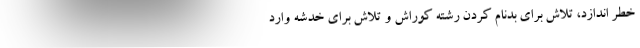
خطر اندازد، تلاش برای بدنام کردن رشته کوراش و تلاش برای خدشه وارد